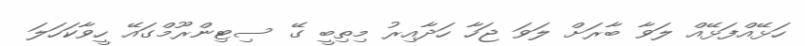
ހަޅޭއްފަޅޭއް ލަވާ ބާރަށް ލަވަ ޖަހާ ހަދާއިރު މިތިބީ ގޭ ސިޓިންރޫމްގައޭ ހީވާކަހަލަ